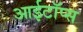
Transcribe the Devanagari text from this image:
आईटॉप्स